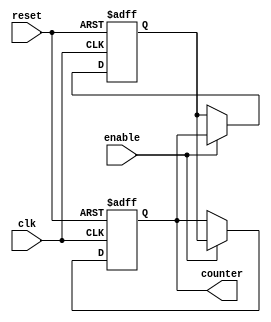
module johnson_counter_with_enable(
    input wire clk,
    input wire reset,
    input wire enable,
    output reg [3:0] counter
);

reg [3:0] next_state;

always @(posedge clk or posedge reset) begin
    if (reset) begin
        counter <= 4'b0000;
    end else begin
        if (enable) begin
            counter <= next_state;
        end
    end
end

always @(posedge clk or posedge reset) begin
    if (reset) begin
        next_state <= 4'b0001;
    end else if (enable) begin
        next_state <= {counter[2], counter};
    end
end

endmodule